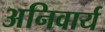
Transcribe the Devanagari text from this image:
अनिवार्य